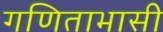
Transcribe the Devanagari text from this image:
गणिताभासी